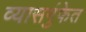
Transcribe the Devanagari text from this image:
व्यासगुंफेत